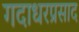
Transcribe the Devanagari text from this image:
गदाधरप्रसाद